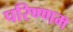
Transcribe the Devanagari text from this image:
परिण्णम